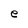
Character: e